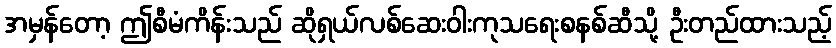
အမှန်တော့ ဤစီမံကိန်းသည် ဆိုရှယ်လစ်ဆေးဝါးကုသရေးစနစ်ဆီသို့ ဦးတည်ထားသည့်